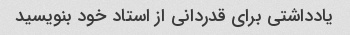
یادداشتی برای قدردانی از استاد خود بنویسید